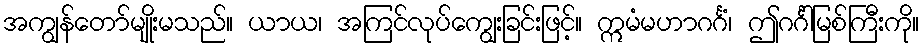
အကျွန်တော်မျိုးမသည်။ ယာယ၊ အကြင်လုပ်ကျွေးခြင်းဖြင့်။ ဣမံမဟာဂင်္ဂံ၊ ဤဂင်္ဂါမြစ်ကြီးကို။